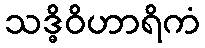
သဒ္ဓိဝိဟာရိကံ